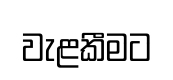
වැළකීමට